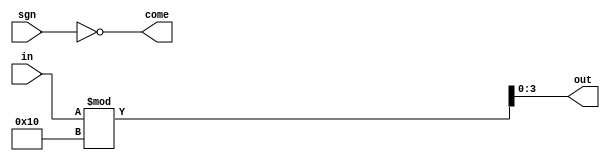
module transfer(in,sgn,out,come);
 
   input [7:0]in;
	input sgn;
	
	output [3:0]out;
	output  come;
	
	assign out=in%16;
	assign come=~sgn;

endmodule